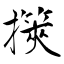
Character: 擌